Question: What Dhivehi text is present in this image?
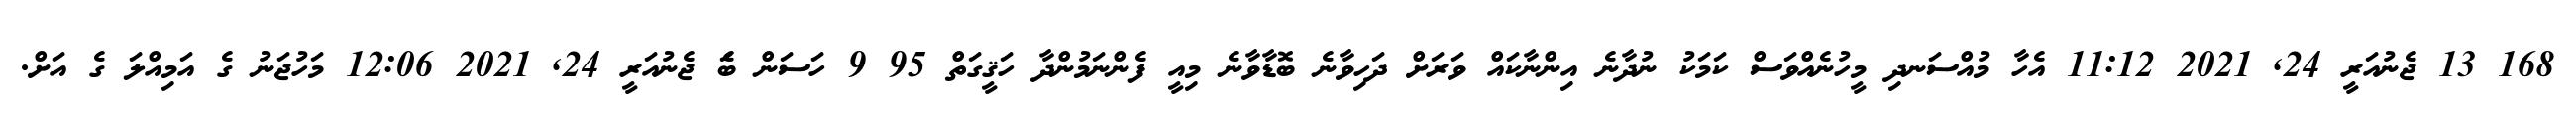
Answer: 168 13 ޖެނުއަރީ 24, 2021 11:12 އެހާ މުއްސަނދި މީހުނެއްވަސް ކަމަކު ނުދާނެ އިންނާކައް ވަރަށް ދަހިވާނެ ބޮޑާވާނެ މިއީ ފެންނަމުންދާ ހަޤީގަތް 95 9 ހަސަން ބަެ ޖެނުއަރީ 24, 2021 12:06 މަހުޖަނު ގެ އަމިއްލަ ގެ އަށް.